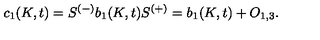
c _ { 1 } ( K , t ) = S ^ { ( - ) } b _ { 1 } ( K , t ) S ^ { ( + ) } = b _ { 1 } ( K , t ) + O _ { 1 , 3 } .